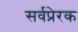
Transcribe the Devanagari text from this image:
सर्वप्रेरक